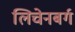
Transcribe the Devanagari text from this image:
लिचेनबर्ग